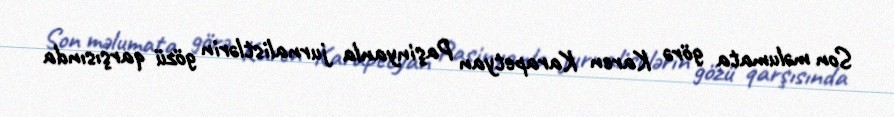
Son məlumata görə Karen Karapetyan Paşinyanla jurnalistlərin gözü qarşısında